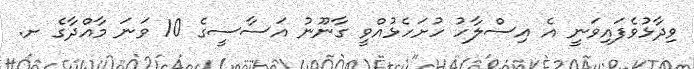
ވިދާޅުވެފައިވަނީ އެ އިސްލާހު ހުށަހެޅުއްވީ ގާނޫނު އަސާސީގެ 10 ވަނަ މާއްދާގެ ށ.